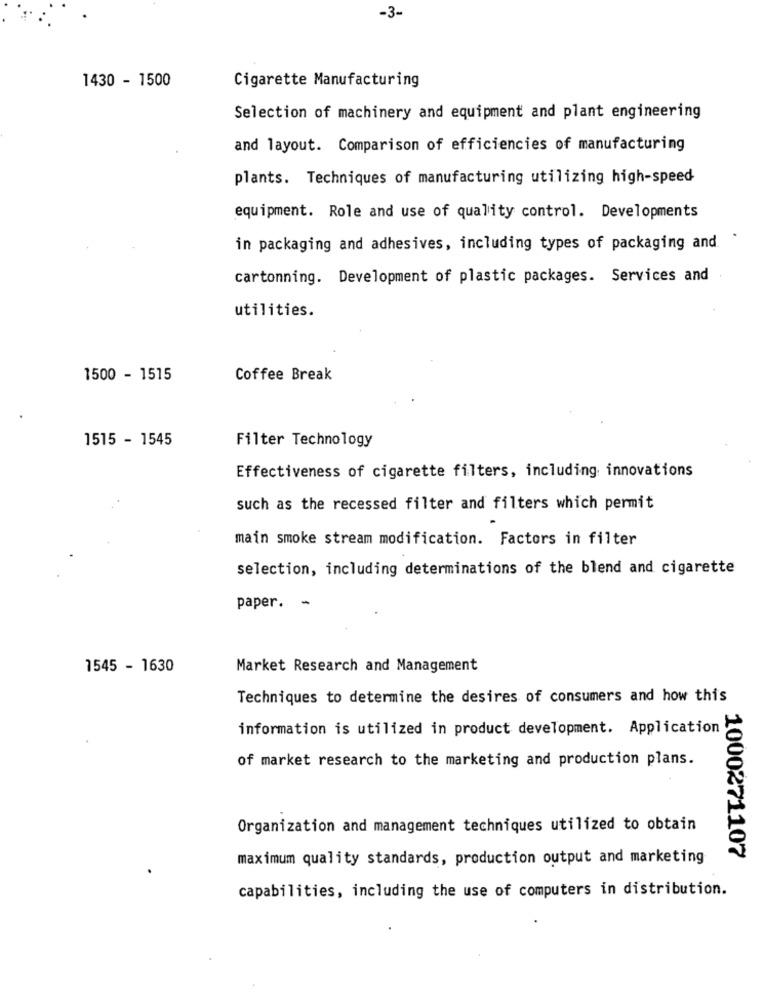
-3-
1430 - 1500
Cigarette Manufacturing
Selection of machinery and equipment and plant engineering
and layout. Comparison of efficiencies of manufacturing
plants. Techniques of manufacturing utilizing high-speed
equipment. Role and use of quality control. Developments
in packaging and adhesives, including types of packaging and.
cartonning. Development of plastic packages. Services and
utilities.
1500 - 1515
Coffee Break
1515 - 1545
Filter Technology
Effectiveness of cigarette filters, including innovations
such as the recessed filter and filters which permit
main smoke stream modification. Factors in filter
selection, including determinations of the blend and cigarette
paper. -
1545 - 1630
Market Research and Management
Techniques to determine the desires of consumers and how this
information is utilized in product development. Application
of market research to the marketing and production plans.
Organization and management techniques utilized to obtain
maximum quality standards, production output and marketing
1000271107
capabilities, including the use of computers in distribution.